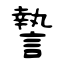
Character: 謺